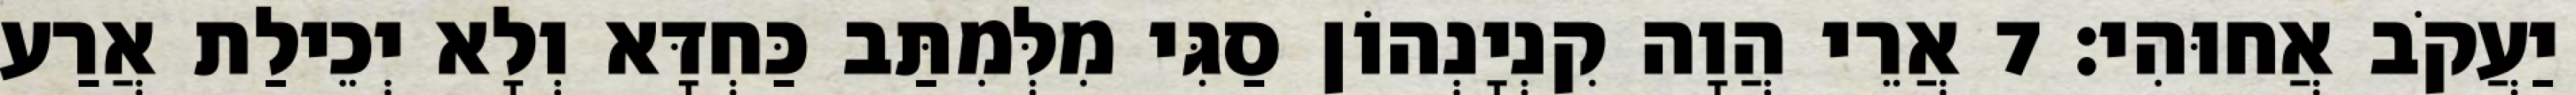
יַעֲקֹב אֲחוּהִי׃ 7 אֲרֵי הֲוָה קִנְיָנְהוֹן סַגִּי מִלְּמִתַּב כַּחְדָּא וְלָא יְכֵילַת אֲרַע